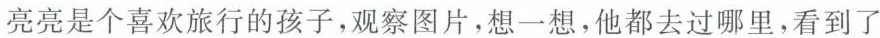
亮亮是个喜欢旅行的孩子，观察图片，想一想，他都去过哪里，看到了